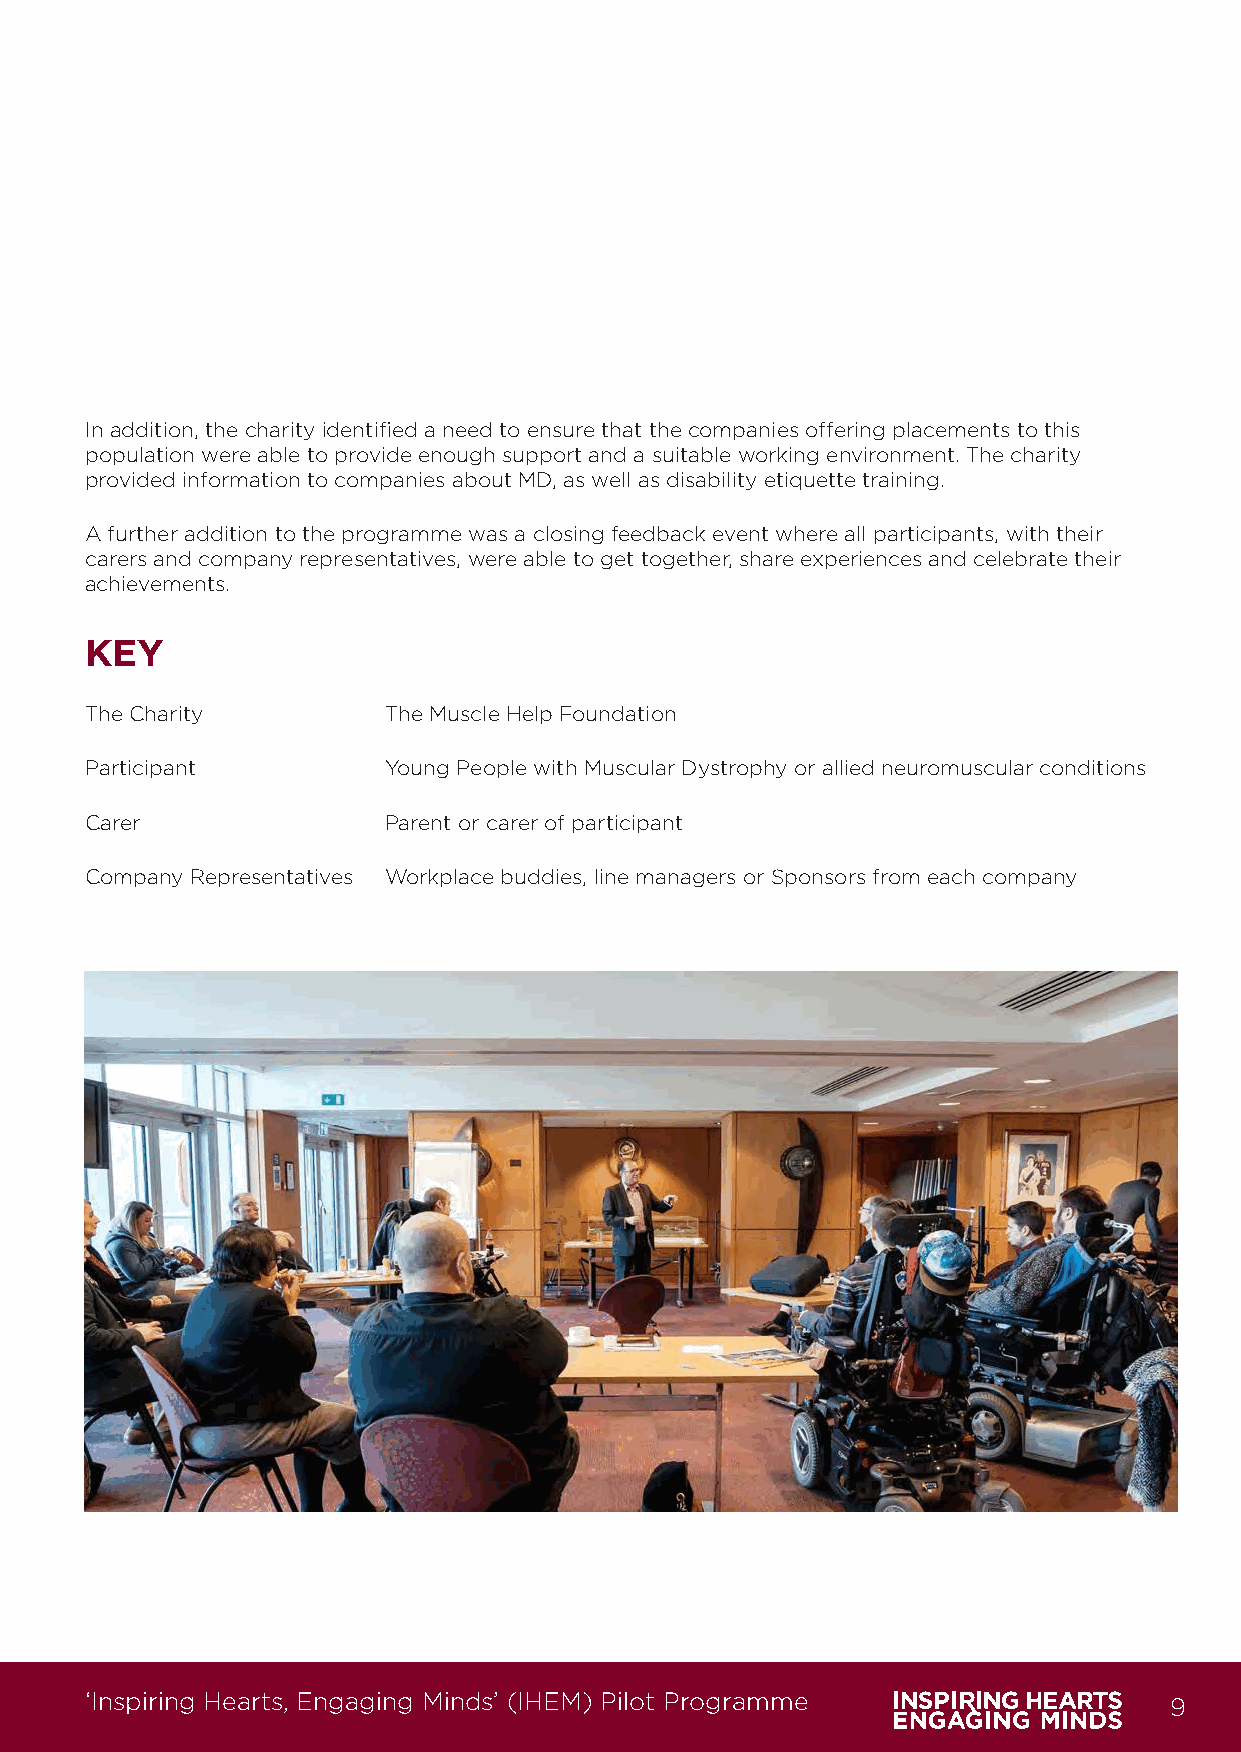
In addition, the charity identified a need to ensure that the companies offering placements to this
 population were able to provide enough support and a suitable working environment. The charity
 provided information to companies about MD, as well as disability etiquette training.
 A further addition to the programme was a closing feedback event where all participants, with their
 carers and company representatives, were able to get together, share experiences and celebrate their
 achievements.
 KEY
 The Charity         The Muscle Help Foundation
 Participant         Young People with Muscular Dystrophy or allied neuromuscular conditions
 Carer               Parent or carer of participant
 Company Representatives Workplace buddies, line managers or Sponsors from each company
 ‘Inspiring Hearts, Engaging Minds’ (IHEM) Pilot Programme               9
 IHEM-Evaluation-Summary-Report_Brand Compliant.indd 9                   29/09/2020 06:59:13